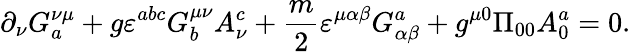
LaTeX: \partial_{\nu}G_{a}^{\nu\mu}+g\varepsilon^{abc}G_{b}^{\mu\nu}A_{\nu}^{c}+\frac{m}{2}\varepsilon^{\mu\alpha\beta}G_{\alpha\beta}^{a}+g^{\mu 0}\Pi_{00}A_{0}^{a}=0.